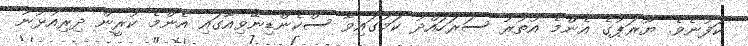
ކަފުނެވެ. ޔޫރަޕުގެ އެންމެ އުތުރު ސަރަހައްދު ކަމުގައިވާ ސްކެންޑިނޭވިއާގައި އެންމެ ކުރީން ދިރިއުޅުނު